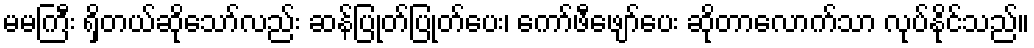
မမကြီး ရှိတယ်ဆိုသော်လည်း ဆန်ပြုတ်ပြုတ်ပေး၊ ကော်ဖီဖျော်ပေး ဆိုတာလောက်သာ လုပ်နိုင်သည်။